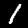
Digit: 1